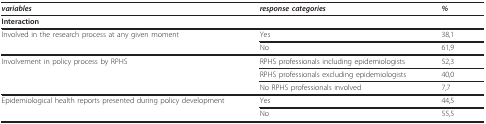
| variables | response categories | % |
 | --- | --- | --- |
 | Interaction |  |  |
 | Involved in the research process at any given moment | Yes | 38,1 |
 |  | No | 61,9 |
 | Involvement in policy process by RPHS | RPHS professionals including epidemiologists | 52,3 |
 |  | RPHS professionals excluding epidemiologists | 40,0 |
 |  | No RPHS professionals involved | 7,7 |
 | Epidemiological health reports presented during policy development | Yes | 44,5 |
 |  | No | 55,5 |